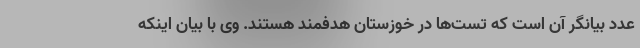
عدد بیانگر آن است که تست‌ها در خوزستان هدفمند هستند. وی با بیان اینکه